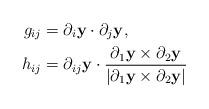
LaTeX: \begin{align*}g_{ij}&=\partial_i {\bf y}\cdot\partial_j {\bf y},\\h_{ij}&=\partial_{ij} {\bf y}\cdot\frac{\partial_1{\bf y}\times \partial_2 {\bf y}}{|\partial_1{\bf y} \times\partial_2 {\bf y}|}\end{align*}